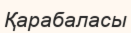
Қарабаласы